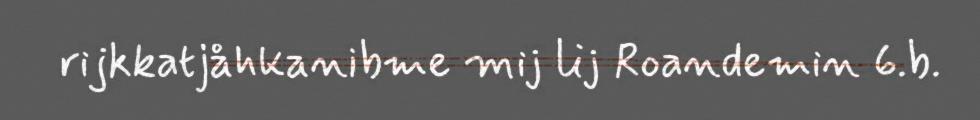
rijkkatjåhkanibme mij lij Roandemin 6.b.